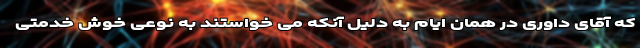
که آقای داوری در همان ایام به دلیل آنکه می خواستند به نوعی خوش خدمتی